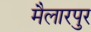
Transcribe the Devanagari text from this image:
मैलारपुर